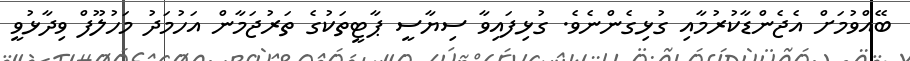
ބޭއްވުމަށް އެޖެންޑާކުރުމާއި ގުޅިގެންނެވެ. ގުޅިފައިވާ ސިޔާސީ ޕާޓީތަކުގެ ތަރުޖަމާން އަހުމަދު މަހުލޫފް ވިދާޅުވީ